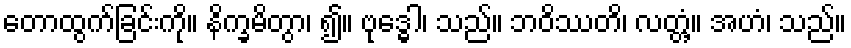
တောထွက်ခြင်းကို။ နိက္ခမိတွာ၊ ၍။ ဗုဒ္ဓေါ၊ သည်။ ဘဝိဿတိ၊ လတ္တံ့။ အဟံ၊ သည်။